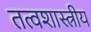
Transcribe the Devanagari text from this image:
तत्वशास्त्रीय